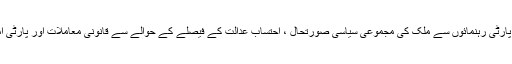
نواز شریف نے مریم نواز ، حمزہ شہباز اور پارٹی رہنمائوں سے ملک کی مجموعی سیاسی صورتحال ، احتساب عدالت کے فیصلے کے حوالے سے قانونی معاملات اور پارٹی امور کے حوالے سے بھی تبادلہ خیال کیا گیا۔